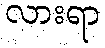
လားရာ